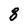
Character: 8